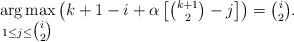
LaTeX: \begin{align*}\underset{1 \leq j \leq \tbinom{i}{2}}{\arg \max}\left(k + 1 - i + \alpha \left[\tbinom{k + 1}{2} - j\right]\right) = \tbinom{i}{2}.\end{align*}